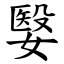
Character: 嫛